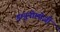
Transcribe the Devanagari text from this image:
इम्यूनोलोजी